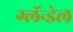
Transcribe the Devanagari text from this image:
ग्लॅन्डेल